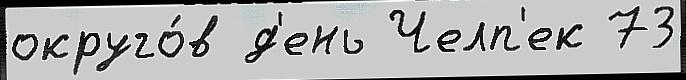
округо́в д'ень Челп'ек 73